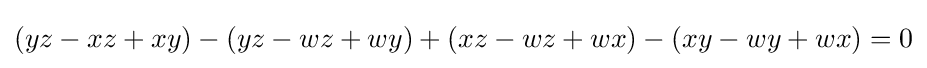
(yz-xz+xy)-(yz-wz+wy)+(xz-wz+wx)-(xy-wy+wx)=0